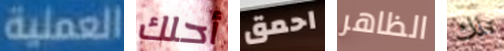
العملية أحلك احمق الظاهر تلك